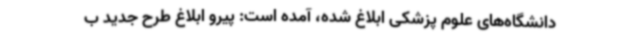
دانشگاه‌های علوم پزشکی ابلاغ شده، آمده است: پیرو ابلاغ طرح جدید ب